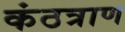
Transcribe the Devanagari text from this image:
कंठत्राण